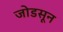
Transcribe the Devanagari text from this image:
जोडसून